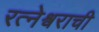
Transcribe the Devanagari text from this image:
रत्नेश्वराची